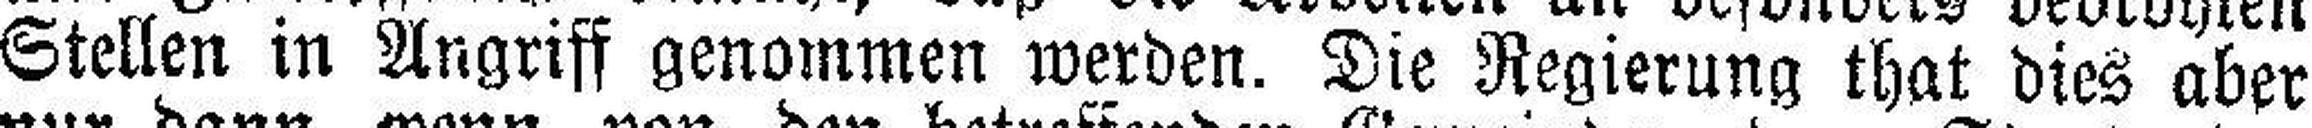
Stellen in Angriff genommen werden. Die Regierung that dies aber